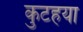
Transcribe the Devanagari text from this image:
कुटहया